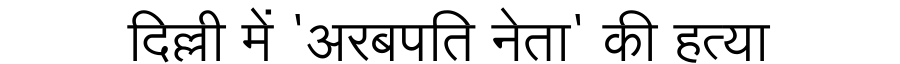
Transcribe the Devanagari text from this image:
दिल्ली में 'अरबपति नेता' की हत्या